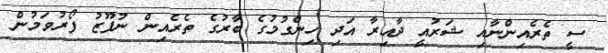
ސީ ތެރެއިންނާއި ޝަރުއީ ދާއިރާ އަދި ހިންގުމުގެ ބާރުގެ ތެރެއިން ނުފޫޒު ފޯރުވަމުން